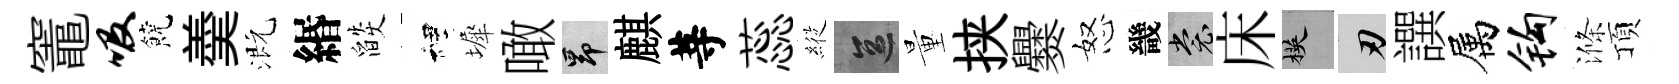
竈吸饒羮溉緡燄裡墀噉昂麒䓁蕊𦂵區量挟爨怒畿裳床楧刃譔属钩滌頂